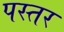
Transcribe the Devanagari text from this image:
पस्तर